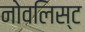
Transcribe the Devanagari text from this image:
नोवलिस्ट